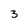
Character: 3